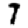
Digit: 7